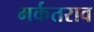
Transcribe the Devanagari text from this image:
मर्कतराव